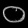
Digit: ၀